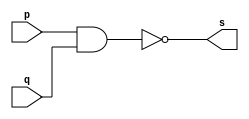

// Exercicio0004 - NAND
// Nome: tila Martins Silva Jnior

// -- nand gate
module nandgate ( output s,
input p,
input q);
wire temp;
and(temp, p, q);
not(s, temp);
//assign s = ~(p & q);
endmodule // nandgate

// -- test nand gate
module testnandgate;

// -- dados locais
reg a, b; // definir registradores
wire s; // definir conexao (fio)

// -- instancia
nandgate NAND1 (s, a, b);

// -- preparacao
initial begin:start
// atribuicao simultanea
// dos valores iniciais
a=0; b=0;
end

// --- parte principal
initial begin
$display("Exercicio0004 - tila Martins - 449014");
$display("Test NAND gate");
$display("\na & b = s\n");
a=0; b=0;
#1 $display("%b & %b = %b", a, b, s);
a=0; b=1;
#1 $display("%b & %b = %b", a, b, s);
a=1; b=0;
#1 $display("%b & %b = %b", a, b, s);
a=1; b=1;
#1 $display("%b & %b = %b", a, b, s);
end
endmodule // testnandgate